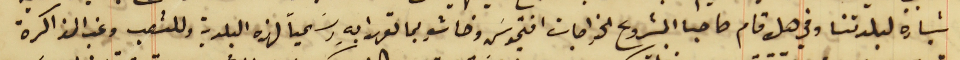
بشارة لبلدتنا وفي هل قام صاحبا المشروع الخواجات افتيموسَ وخاشو بما تعهدا بهِ رسَمياً لهذه البلدية وللشعب وغب الذاكرة